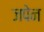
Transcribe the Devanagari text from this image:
जपेन